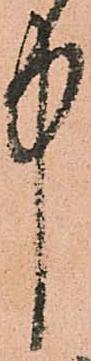
中